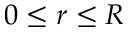
0 \le r \le R